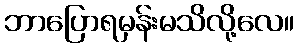
ဘာပြောရမှန်းမသိလို့လေ။